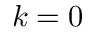
k = 0